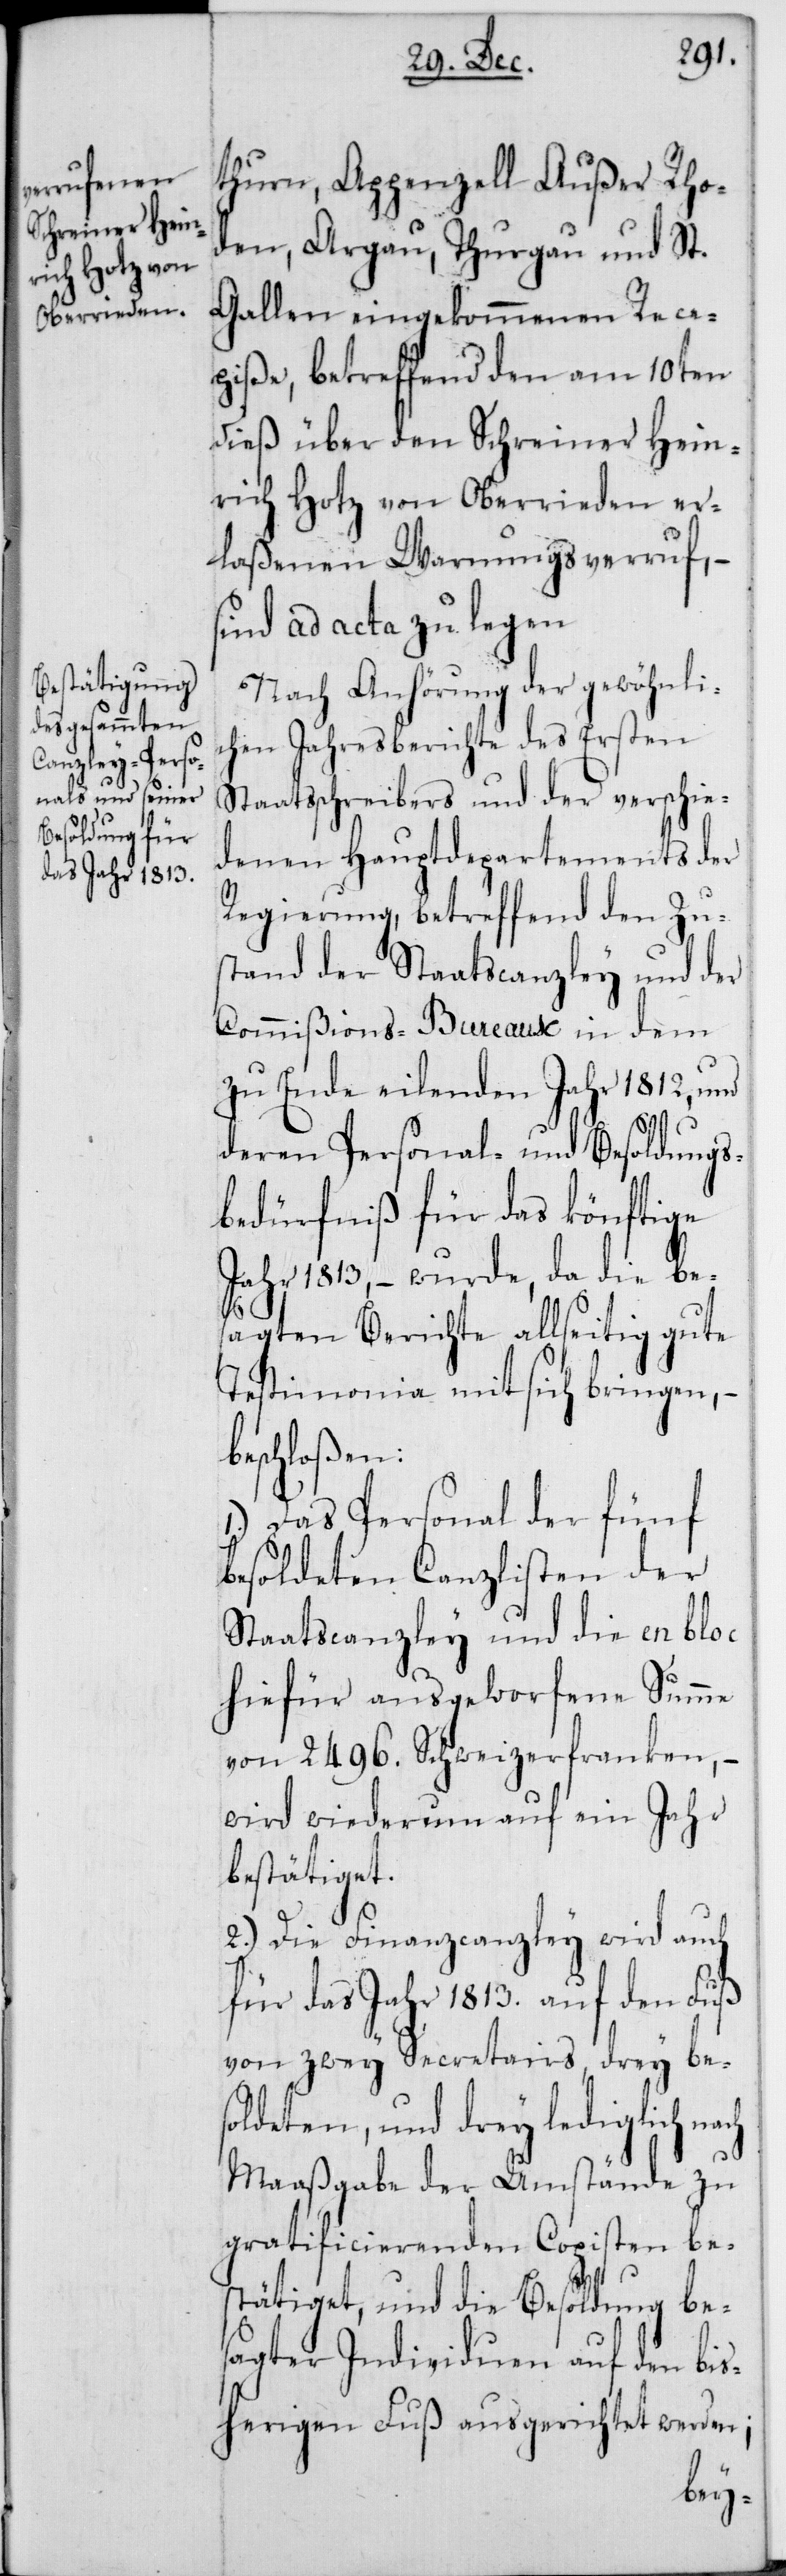
thurn, Appenzell Außer Rho¬
den, Argau, Thurgau und St.
Gallen eingekommenen Rece¬
piße, betreffend den am 10ten
dieß über den Schreiner Hein¬
rich Hotz von Oberrieden er¬
laßenen Warnungsverruf, –
sind ad acta zu legen.
Nach Anhörung der gewöhnli¬
chen Jahresberichte des Ersten
Staatsschreibers und der verschie¬
denen Hauptdepartements der
Regierung, betreffend den Zu¬
stand der Staatscanzley und der
Commißions-Bureaux in dem
zu Ende eilenden Jahr 1812, und
deren Personal- und Besoldungs¬
bedürfniß für das könftige
Jahr 1813, – wurde, da die be¬
sagten Berichte allseitig gute
Testimonia mit sich bringen, –
beschloßen:
1.) Das Personal der fünf
besoldeten Canzlisten der
Staatscanzley und die en bloc
hiefür ausgeworfene Summe
von 2496. Schweizerfranken, –
wird wiederum auf ein Jahr
bestätiget.
2.) Die Finanzcanzley wird auch
für das Jahr 1813. auf den Fuß
von zwey Secretairs, drey bes¬
oldeten, und drey lediglich
Maaßgabe der Umstände zu
gratificierenden Copisten be¬
stätiget, und die Besoldung bes¬
agter Individuen auf den bis¬
herigen Fuß ausgerichtet werden;